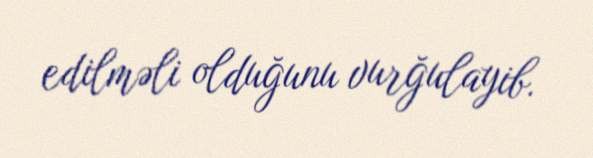
edilməli olduğunu vurğulayib.